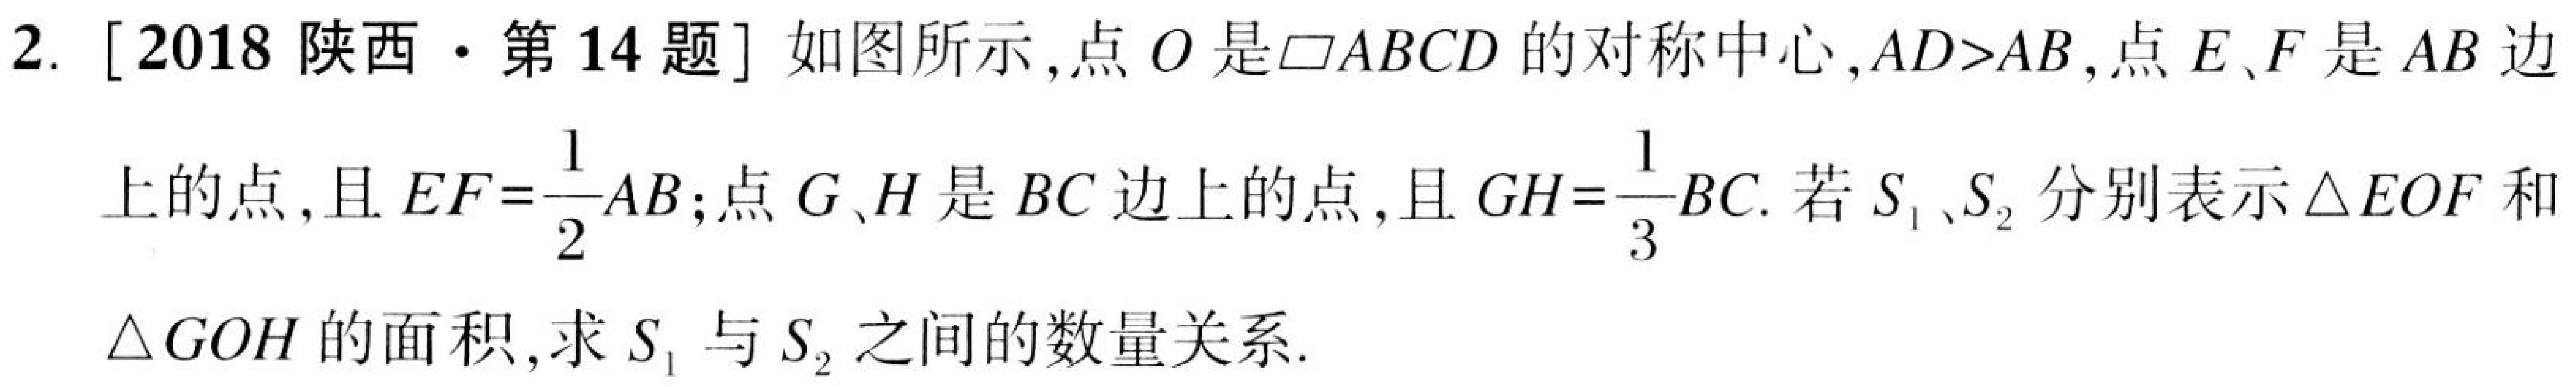
2. [2018陕西$\cdot$第14题] 如图所示,点$O$是$\square ABCD$的对称中心,$AD > AB$,点$E、F$是$AB$边上的点,且$EF = \dfrac{1}{2}AB$;点$G、H$是$BC$边上的点,且$GH=\dfrac{1}{3}BC$. 若$S_{1}、S_{2}$分别表示$\triangle EOF$和$\triangle GOH$的面积,求$S_{1}$与$S_{2}$之间的数量关系.